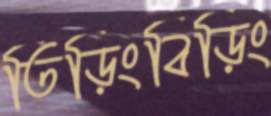
তিড়িংবিড়িং